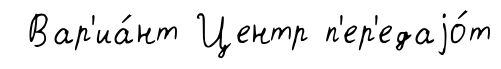
Вар'иа́нт Центр п'ер'едаjо́т